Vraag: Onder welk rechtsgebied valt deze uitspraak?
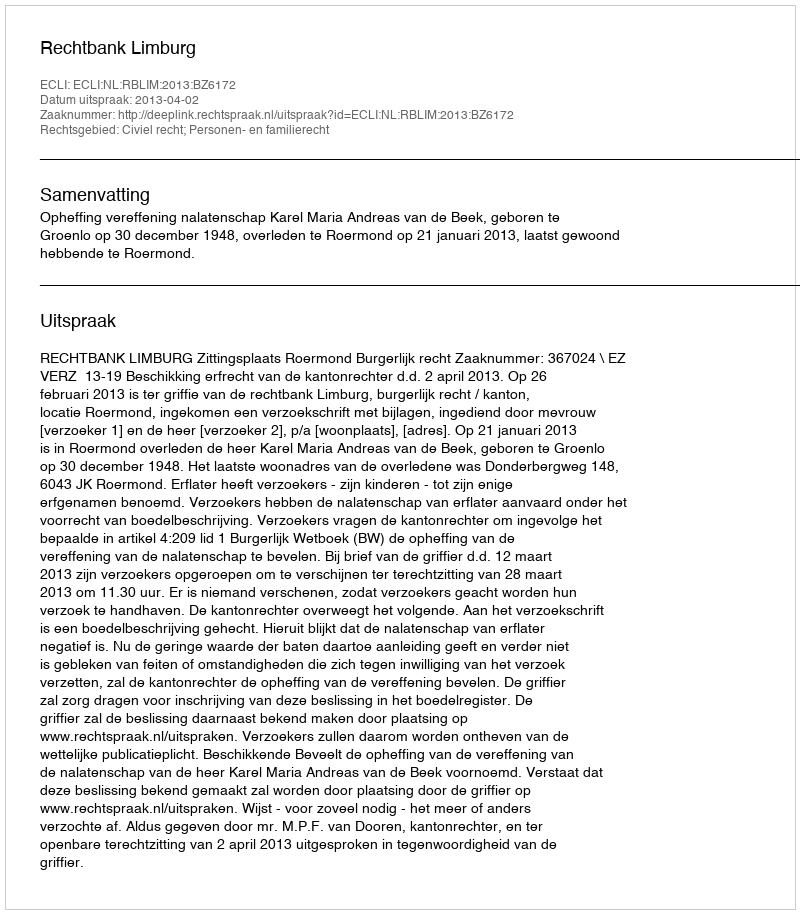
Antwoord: Civiel recht; Personen- en familierecht